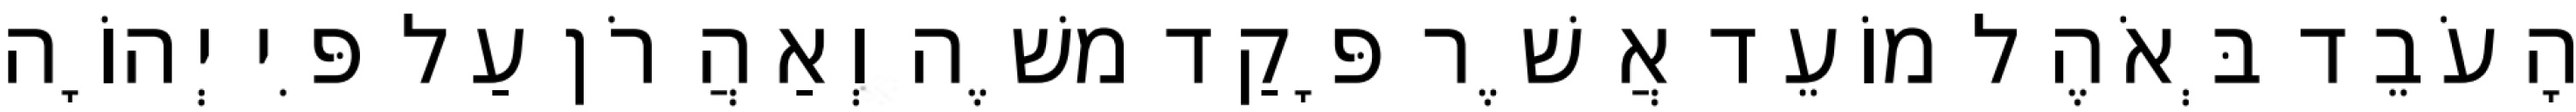
הָעֹבֵד בְּאֹהֶל מוֹעֵד אֲשֶׁר פָּקַד משֶׁה וְאַהֲרֹן עַל פִּי יְהוָֹה